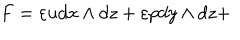
F = \varepsilon u d x \wedge d z + \varepsilon p d y \wedge d z +